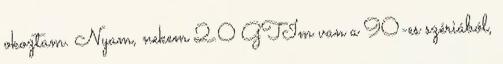
okoztam. Nyam, nekem 2.0 GTIm van a 90-es szériából,